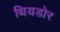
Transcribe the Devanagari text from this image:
थियडोर